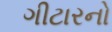
ગીટારનો